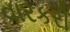
વારકરી